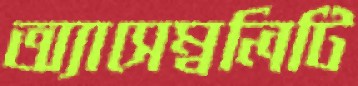
অ্যাসেম্বলিটি